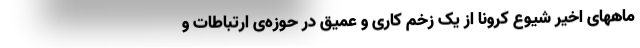
ماههای اخیر شیوع کرونا از یک زخم کاری و عمیق در حوزه‌ی ارتباطات و